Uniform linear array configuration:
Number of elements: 4
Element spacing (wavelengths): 0.5
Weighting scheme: kaiser
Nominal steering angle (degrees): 0
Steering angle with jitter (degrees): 0.653
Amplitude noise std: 0.05
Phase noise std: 0.05

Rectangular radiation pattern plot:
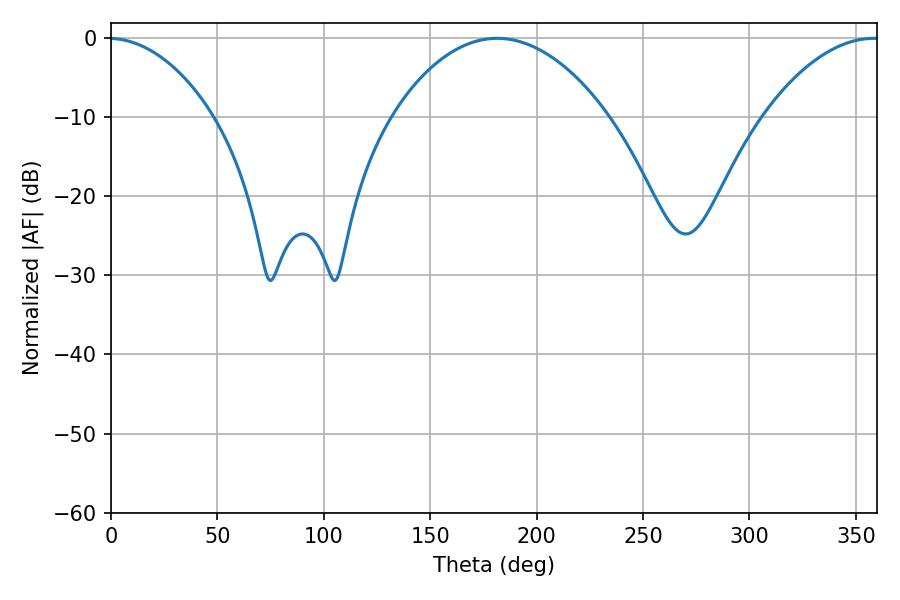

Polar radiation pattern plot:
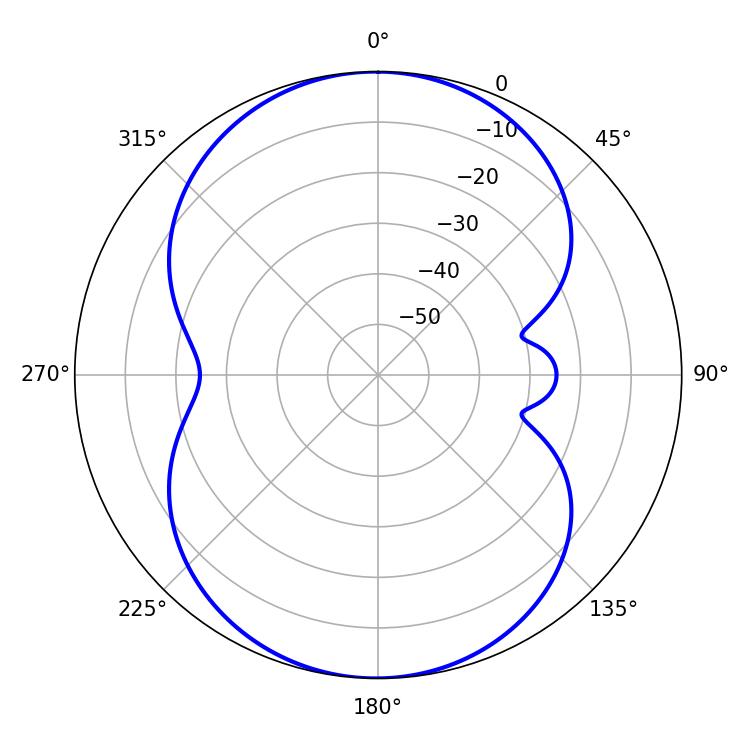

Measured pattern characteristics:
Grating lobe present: FALSE
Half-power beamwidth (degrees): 56.7
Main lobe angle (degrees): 181.44